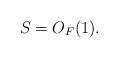
LaTeX: \begin{align*} S=O_F(1). \end{align*}